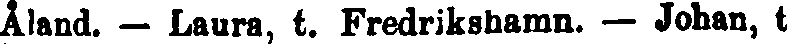
Åland. — Laura, t. Fredrikshamn. — Johan, t